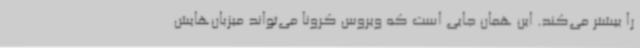
را بیشتر می‌کند. این همان جایی است که ویروس کرونا می‌تواند میزبان‌هایش